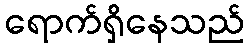
ရောက်ရှိနေသည်